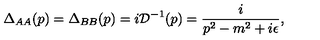
\Delta _ { A A } ( p ) = \Delta _ { B B } ( p ) = i { \cal D } ^ { - 1 } ( p ) = \frac { i } { p ^ { 2 } - m ^ { 2 } + i \epsilon } ,